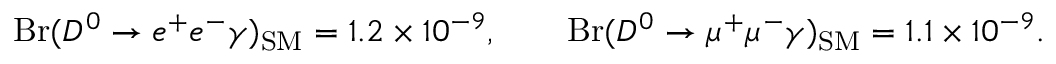
\mathrm { B r } ( D ^ { 0 } \to e ^ { + } e ^ { - } \gamma ) _ { \mathrm { S M } } = 1 . 2 \times 1 0 ^ { - 9 } , \qquad \mathrm { B r } ( D ^ { 0 } \to \mu ^ { + } \mu ^ { - } \gamma ) _ { \mathrm { S M } } = 1 . 1 \times 1 0 ^ { - 9 } .